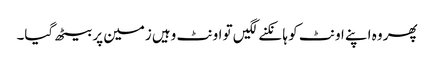
پھر وہ اپنے اونٹ کو ہانکنے لگیں تو اونٹ وہیں زمین پر بیٹھ گیا۔